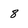
Character: 8